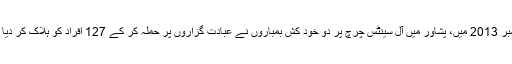
ستمبر 2013 میں، پشاور میں آل سینٹس چرچ پر دو خود کش بمباروں نے عبادت گزاروں پر حملہ کر کے 127 افراد کو ہلاک کر دیا تھا۔